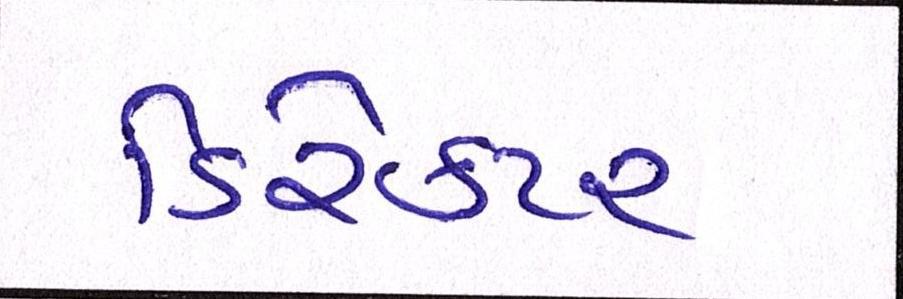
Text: ડિરેક્ટર